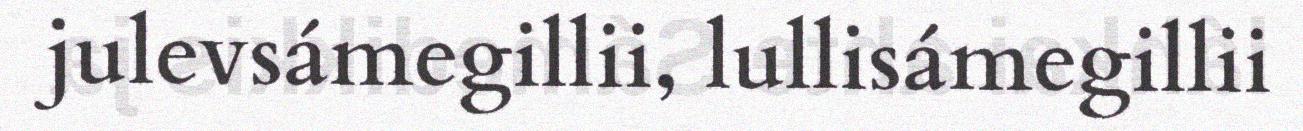
julevsámegillii, lullisámegillii